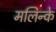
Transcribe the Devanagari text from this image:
मलिन्के